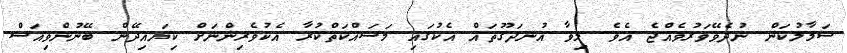
ސަމާލުކަން ނުދެވޭވަރުވެއްޖެ އެވެ. މިވާ އުނދަގޫތައް އެކުގައި މަސައްކަތްކުރާ އެކުވެރިންނަށް ކިޔައިދޭން ބޭނުންވިއަސް